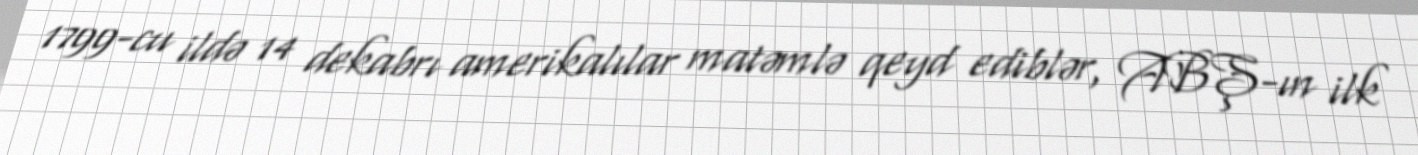
1799-cu ildə 14 dekabrı amerikalılar matəmlə qeyd ediblər, ABŞ-ın ilk